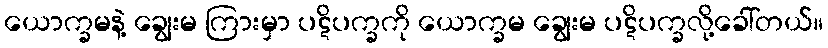
ယောက္ခမနဲ့ ချွေးမ ကြားမှာ ပဋိပက္ခကို ယောက္ခမ ချွေးမ ပဋိပက္ခလို့ခေါ်တယ်။